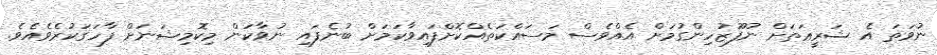
ނުވަތަ އެ ޝަރީޢަތަށް ނުފޫޒުހިންގުމަށް އެއްވެސް މަސައްކަތެއްކޮށްފައިވާކަމަށް ބުނެފައި ނުވާކަން މިކޮމިޝަނަށް ފާހަގަކުރެވެއެވެ.